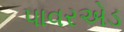
પાવરએડ